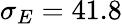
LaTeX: \sigma_{E}=41.8